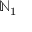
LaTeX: \mathbb { N } _ { 1 }